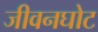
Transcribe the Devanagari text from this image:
जीवनघोट